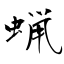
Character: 蝋